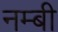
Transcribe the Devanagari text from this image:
नम्बी